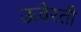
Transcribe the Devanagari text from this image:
ऊवेरती